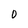
Character: O